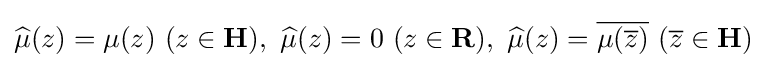
\displaystyle {\widehat {\mu }}(z)=\mu (z)\,\,(z\in \mathbf {H} ),\,\,{\widehat {\mu }}(z)=0\,\,(z\in \mathbf {R} ),\,\,{\widehat {\mu }}(z)={\overline {\mu ({\overline {z}})}}\,\,({\overline {z}}\in \mathbf {H} )